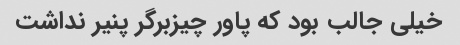
خیلی جالب بود که پاور چیزبرگر پنیر نداشت